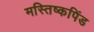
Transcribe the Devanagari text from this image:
मस्तिष्कपिंड